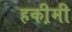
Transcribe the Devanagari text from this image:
हकी़मी